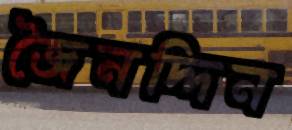
জৈনদ্দিন